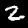
Label: 2